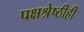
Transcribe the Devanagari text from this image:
पक्षश्रेष्ठीही